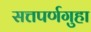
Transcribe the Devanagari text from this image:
सत्तपर्णगुहा